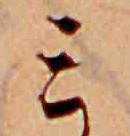
ミ